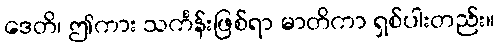
ဒေတိ၊ ဤကား သင်္ကန်းဖြစ်ရာ မာတိကာ ရှစ်ပါးတည်း။